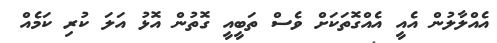
އެއްލާލުން އެއީ އެއްގޮތަކަށް ވެސް ތަބީއީ ގޮތުން އޮޅު އަލަ ކުރި ކަމެއް